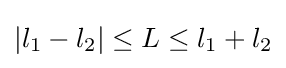
|l_{1}-l_{2}|\leq L\leq l_{1}+l_{2}